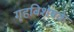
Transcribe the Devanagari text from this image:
गृहविशेषके